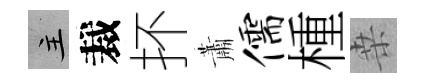
主裁抔蕭儒㮔桒